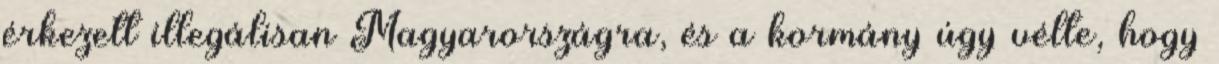
érkezett illegálisan Magyarországra, és a kormány úgy vélte, hogy